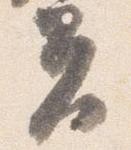
夫